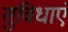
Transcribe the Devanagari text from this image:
सुविधाएं